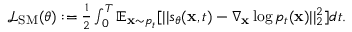
\begin{array} { r } { \mathcal { L } _ { \mathrm { S M } } ( \theta ) : = \frac { 1 } { 2 } \int _ { 0 } ^ { T } \mathbb { E } _ { \mathbf { x } \sim p _ { t } } [ | | s _ { \theta } ( \mathbf { x } , t ) - \nabla _ { \mathbf { x } } \log p _ { t } ( \mathbf { x } ) | | _ { 2 } ^ { 2 } ] d t . } \end{array}